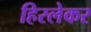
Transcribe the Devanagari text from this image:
हिरलेकर